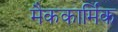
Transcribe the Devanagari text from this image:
मैककार्मिक